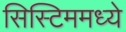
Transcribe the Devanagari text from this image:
सिस्टिममध्ये